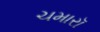
ચમારૉ